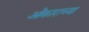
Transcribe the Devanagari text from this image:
ओंकाराच्या